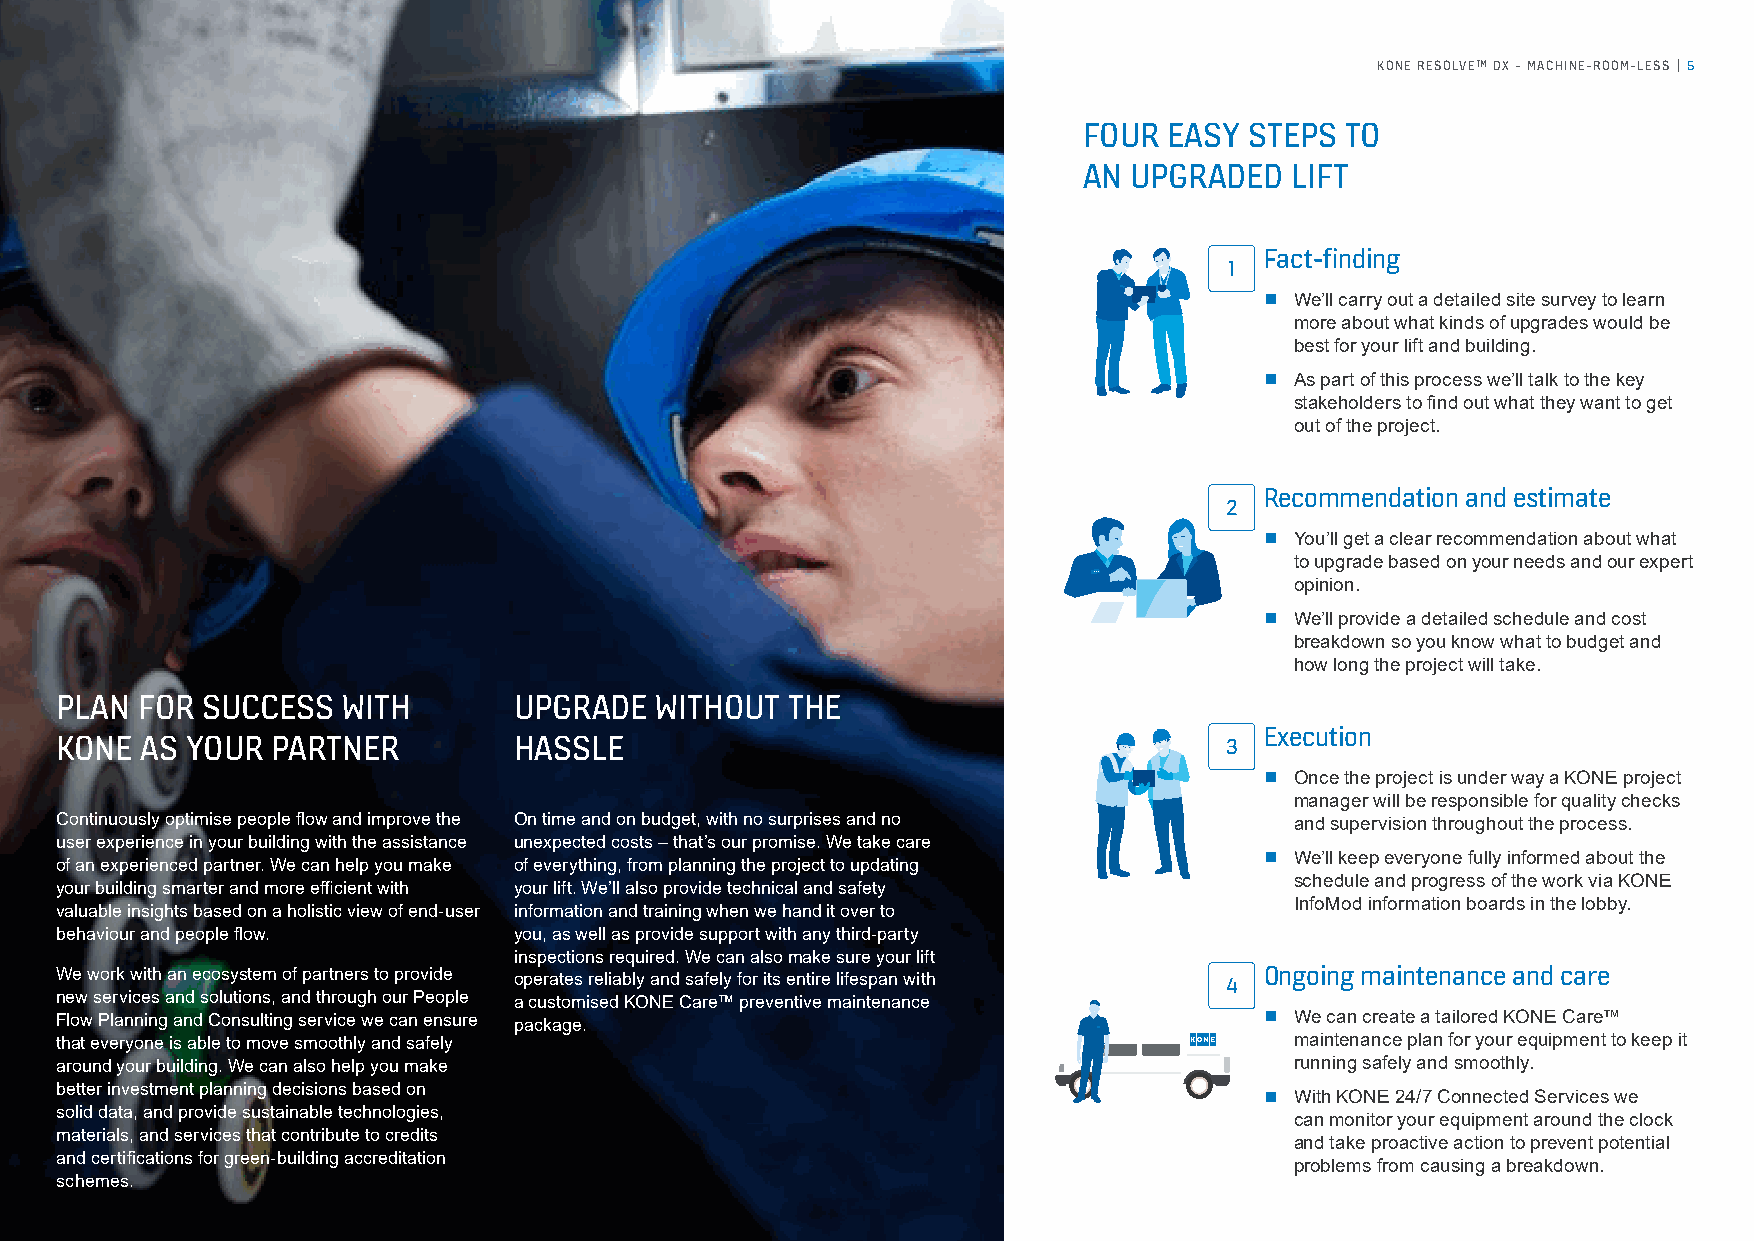
KONE RESOLVE™ DX - MACHINE-ROOM-LESS | 5
 FOUR EASY  STEPS TO
 AN UPGRADED   LIFT
 Fact-finding
 1
 ¡ We’ll carry out a detailed site survey to learn
 more about what kinds of upgrades would be
 best for your lift and building.
 ¡ As part of this process we’ll talk to the key
 stakeholders to find out what they want to get
 out of the project.
 Recommendation and estimate
 2
 ¡ You’ll get a clear recommendation about what
 to upgrade based on your needs and our expert
 opinion.
 ¡ We’ll provide a detailed schedule and cost
 breakdown so you know what to budget and
 how long the project will take.
 PLAN FOR SUCCESS   WITH       UPGRADE  WITHOUT  THE
 Execution
 KONE AS YOUR  PARTNER         HASSLE                                         3
 ¡ Once the project is under way a KONE project
 manager will be responsible for quality checks
 Continuously optimise people flow and improve the On time and on budget, with no surprises and no and supervision throughout the process.
 user experience in your building with the assistance unexpected costs – that’s our promise. We take care
 ¡ We’ll keep everyone fully informed about the
 of an experienced partner. We can help you make of everything, from planning the project to updating
 schedule and progress of the work via KONE
 your building smarter and more efficient with your lift. We’ll also provide technical and safety
 InfoMod information boards in the lobby.
 valuable insights based on a holistic view of end-user information and training when we hand it over to
 behaviour and people flow.    you, as well as provide support with any third-party
 inspections required. We can also make sure your lift
 We work with an ecosystem of partners to provide operates reliably and safely for its entire lifespan with 4 Ongoing maintenance and care
 new services and solutions, and through our People a customised KONE Care™ preventive maintenance
 Flow Planning and Consulting service we can ensure package.                     ¡ We can create a tailored KONE Care™
 that everyone is able to move smoothly and safely                                 maintenance plan for your equipment to keep it
 around your building. We can also help you make                                   running safely and smoothly.
 better investment planning decisions based on                                   ¡ With KONE 24/7 Connected Services we
 solid data, and provide sustainable technologies,
 can monitor your equipment around the clock
 materials, and services that contribute to credits
 and take proactive action to prevent potential
 and certifications for green-building accreditation
 problems from causing a breakdown.
 schemes.